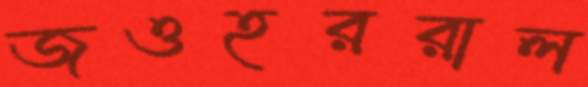
জওহররাল